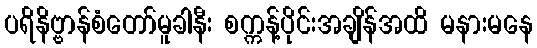
ပရိနိဗ္ဗာန်စံတော်မူခါနီး စက္ကန့်ပိုင်းအချိန်အထိ မနားမနေ